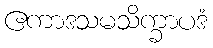
ဧကာဒသမသိက္ခာပဒံ